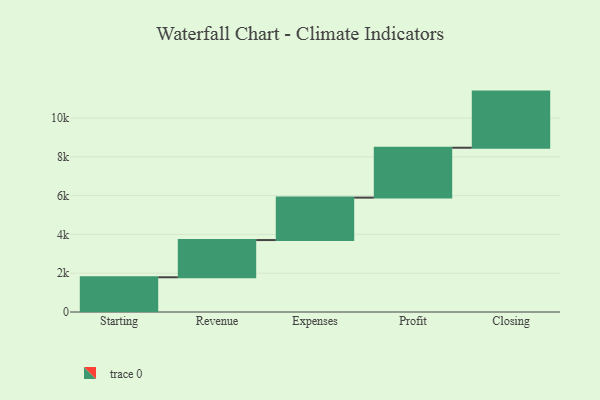
{"axis": {"x": "Step", "y": "Value"}, "legend": [""], "data": [{"x": "Starting", "y": 1790.0, "type": ""}, {"x": "Revenue", "y": 1919.0, "type": ""}, {"x": "Expenses", "y": 2188.0, "type": ""}, {"x": "Profit", "y": 2572.0, "type": ""}, {"x": "Closing", "y": 2894.0, "type": ""}]}